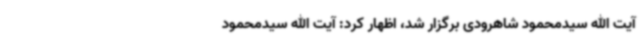
آیت الله سیدمحمود شاهرودی برگزار شد، اظهار کرد: آیت الله سیدمحمود